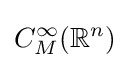
C_{M}^{\infty }(\mathbb {R} ^{n})